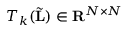
T _ { k } ( \tilde { \mathbf { L } } ) \in \mathbf { R } ^ { N \times N }